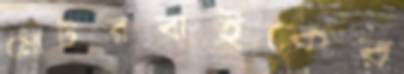
মোটরবাইকের